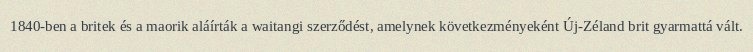
1840-ben a britek és a maorik aláírták a waitangi szerződést, amelynek következményeként Új-Zéland brit gyarmattá vált.